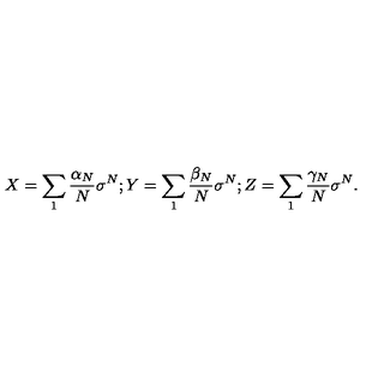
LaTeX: X = \sum _ { 1 } \frac { \alpha _ { N } } { N } \sigma ^ { N } ; Y = \sum _ { 1 } \frac { \beta _ { N } } { N } \sigma ^ { N } ; Z = \sum _ { 1 } \frac { \gamma _ { N } } { N } \sigma ^ { N } .